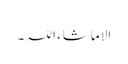
الا ماشاء اللہ ۔